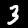
Label: 3